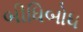
બીધિબોધ